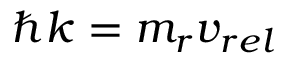
\hbar k = m _ { r } v _ { r e l }